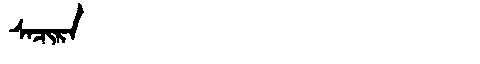
Manchu: ᠰᠠᠴᡳᡵᠠ
Romanization: SACIRA